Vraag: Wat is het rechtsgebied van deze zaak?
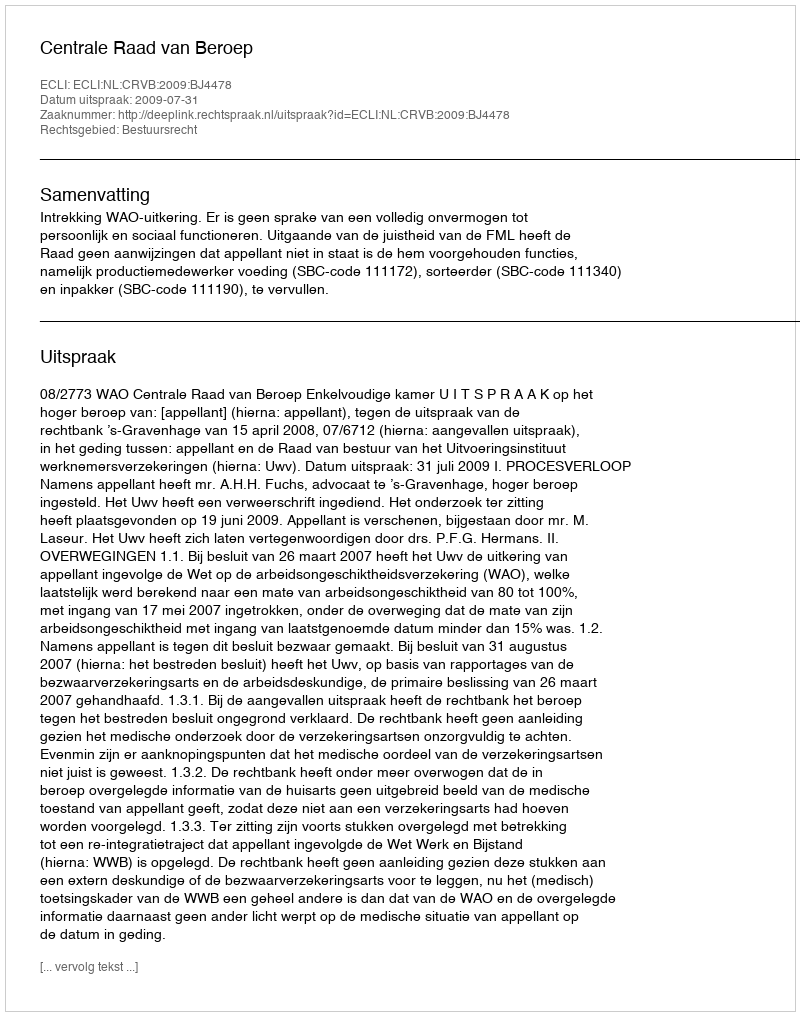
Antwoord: Bestuursrecht